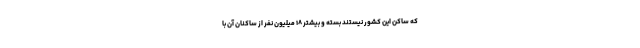
که ساکن این کشور نیستند بسته و بیشتر ۱۸ میلیون نفر از ساکنان آن با